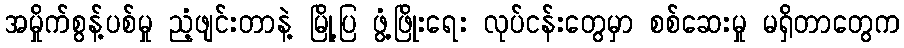
အမှိုက်စွန့်ပစ်မှု ညံ့ဖျင်းတာနဲ့ မြို့ပြ ဖွံ့ဖြိုးရေး လုပ်ငန်းတွေမှာ စစ်ဆေးမှု မရှိတာတွေက